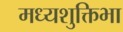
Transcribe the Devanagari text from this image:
मध्यशुक्तिभा